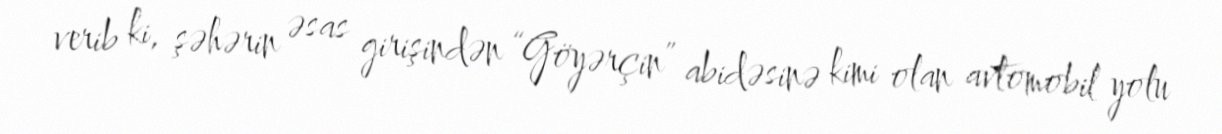
verib ki, şəhərin əsas girişindən “Göyərçin” abidəsinə kimi olan avtomobil yolu